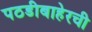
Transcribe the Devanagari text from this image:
पठडीबाहेरची